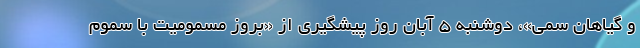
و گیاهان سمی»، دوشنبه ۵ آبان روز پیشگیری از «بروز مسمومیت با سموم